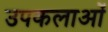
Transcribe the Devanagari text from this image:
उपकलाओं